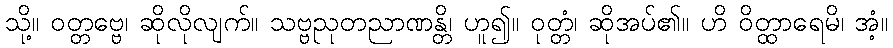
သို့။ ဝတ္တဗ္ဗေ၊ ဆိုလိုလျက်။ သဗ္ဗညုတညာဏန္တိ၊ ဟူ၍။ ဝုတ္တံ၊ ဆိုအပ်၏။ ဟိ ဝိတ္ထာရေမိ၊ အံ့။